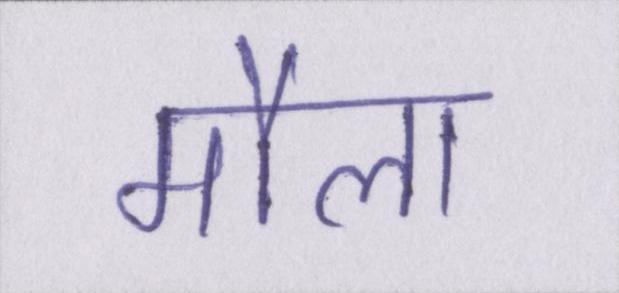
मौला